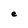
Character: e